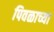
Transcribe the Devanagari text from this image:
पिवळाच्या